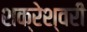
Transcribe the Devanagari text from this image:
शक्रेश्वरी